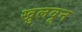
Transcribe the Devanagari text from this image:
खुलवून